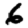
Digit: 6